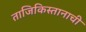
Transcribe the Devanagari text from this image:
ताजिकिस्तानाची